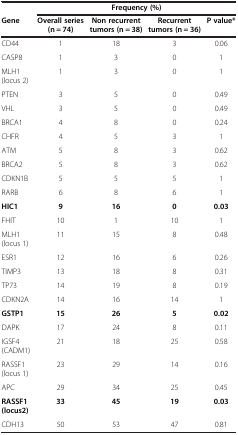
<table><thead><tr><td><b> </b></td><td colspan="4"><b>Frequency (%)</b></td></tr><tr><td><b>Gene</b></td><td><b>Overall series (n = 74)</b></td><td><b>Non recurrent tumors (n = 38)</b></td><td><b>Recurrent tumors (n = 36)</b></td><td><b>P value*</b></td></tr></thead><tbody><tr><td>CD44</td><td>1</td><td>18</td><td>3</td><td>0.06</td></tr><tr><td>CASP8</td><td>1</td><td>3</td><td>0</td><td>1</td></tr><tr><td>MLH1 (locus 2)</td><td>1</td><td>3</td><td>0</td><td>1</td></tr><tr><td>PTEN</td><td>3</td><td>5</td><td>0</td><td>0.49</td></tr><tr><td>VHL</td><td>3</td><td>5</td><td>0</td><td>0.49</td></tr><tr><td>BRCA1</td><td>4</td><td>8</td><td>0</td><td>0.24</td></tr><tr><td>CHFR</td><td>4</td><td>5</td><td>3</td><td>1</td></tr><tr><td>ATM</td><td>5</td><td>8</td><td>3</td><td>0.62</td></tr><tr><td>BRCA2</td><td>5</td><td>8</td><td>3</td><td>0.62</td></tr><tr><td>CDKN1B</td><td>5</td><td>5</td><td>5</td><td>1</td></tr><tr><td>RARB</td><td>6</td><td>8</td><td>6</td><td>1</td></tr><tr><td><b>HIC1</b></td><td><b>9</b></td><td><b>16</b></td><td><b>0</b></td><td><b>0.03</b></td></tr><tr><td>FHIT</td><td>10</td><td>1</td><td>10</td><td>1</td></tr><tr><td>MLH1 (locus 1)</td><td>11</td><td>15</td><td>8</td><td>0.48</td></tr><tr><td>ESR1</td><td>12</td><td>16</td><td>6</td><td>0.26</td></tr><tr><td>TIMP3</td><td>13</td><td>18</td><td>8</td><td>0.31</td></tr><tr><td>TP73</td><td>14</td><td>19</td><td>8</td><td>0.19</td></tr><tr><td>CDKN2A</td><td>14</td><td>16</td><td>14</td><td>1</td></tr><tr><td><b>GSTP1</b></td><td><b>15</b></td><td><b>26</b></td><td><b>5</b></td><td><b>0.02</b></td></tr><tr><td>DAPK</td><td>17</td><td>24</td><td>8</td><td>0.11</td></tr><tr><td>IGSF4 (CADM1)</td><td>21</td><td>18</td><td>25</td><td>0.58</td></tr><tr><td>RASSF1 (locus 1)</td><td>23</td><td>29</td><td>14</td><td>0.16</td></tr><tr><td>APC</td><td>29</td><td>34</td><td>25</td><td>0.45</td></tr><tr><td><b>RASSF1</b><b>(locus2)</b></td><td><b>33</b></td><td><b>45</b></td><td><b>19</b></td><td><b>0.03</b></td></tr><tr><td>CDH13</td><td>50</td><td>53</td><td>47</td><td>0.81</td></tr></tbody></table>